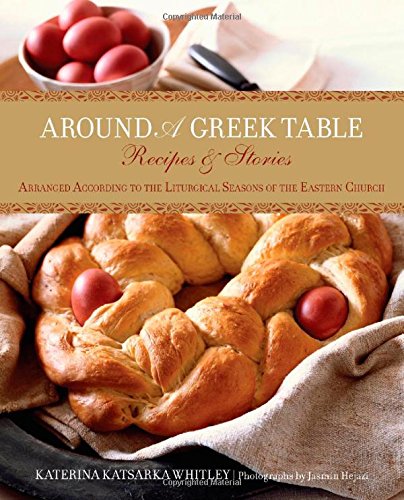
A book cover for Around a Greek Table: Recipes & Stories Arranged According To The Liturgical Seasons Of The Eastern Church; Katerina Whitley; Travel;